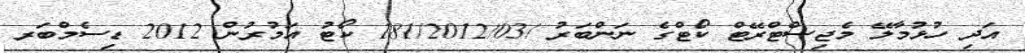
އަދި ހުޅުމާލޭ މެޖިސްޓްރޭޓް ކޯޓްގެ ނަންބަރު /181/2012/03 ކޯޓު އަމުރުން 2012 ޑިސެމްބަރ